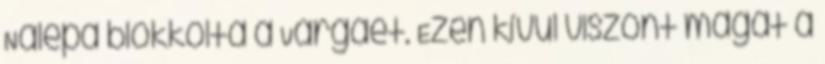
Nalepa blokkolta a Vargáét. Ezen kívül viszont magát a